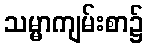
သမ္မာကျမ်းစာ၌